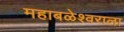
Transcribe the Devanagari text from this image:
महाबळेश्वराला